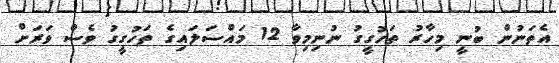
އެތަނުން ބުނީ މިހާރު ތަހުގީގު ނުނިމިވާ 12 މައްސަލައިގެ ތަހުގީގު ވެސް ވަރަށް